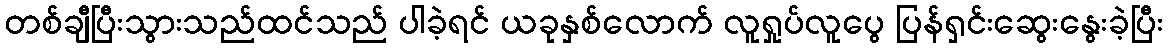
တစ်ချီပြီးသွားသည်ထင်သည် ပါခဲ့ရင် ယခုနှစ်လောက် လူရှုပ်လူပွေ ပြန်ရှင်းဆွေးနွေးခဲ့ပြီး